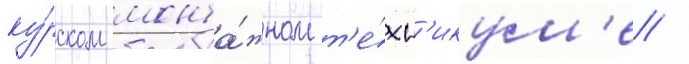
ку́рском монта́жном т'е́хн'икум'е /